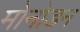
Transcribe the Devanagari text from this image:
मोनोडन